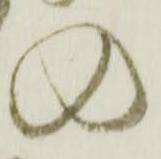
の